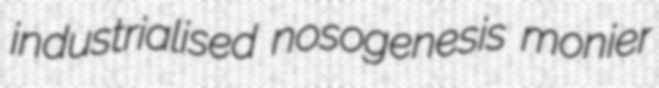
industrialised nosogenesis monier